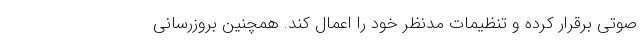
صوتی برقرار کرده و تنظیمات مدنظر خود را اعمال کند. همچنین بروزرسانی